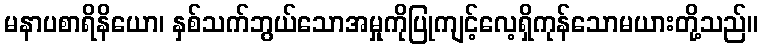
မနာပစာရိနိယော၊ နှစ်သက်ဘွယ်သောအမှုကိုပြုကျင့်လေ့ရှိကုန်သောမယားတို့သည်။